Juuru_vallavalitsus, lk 12
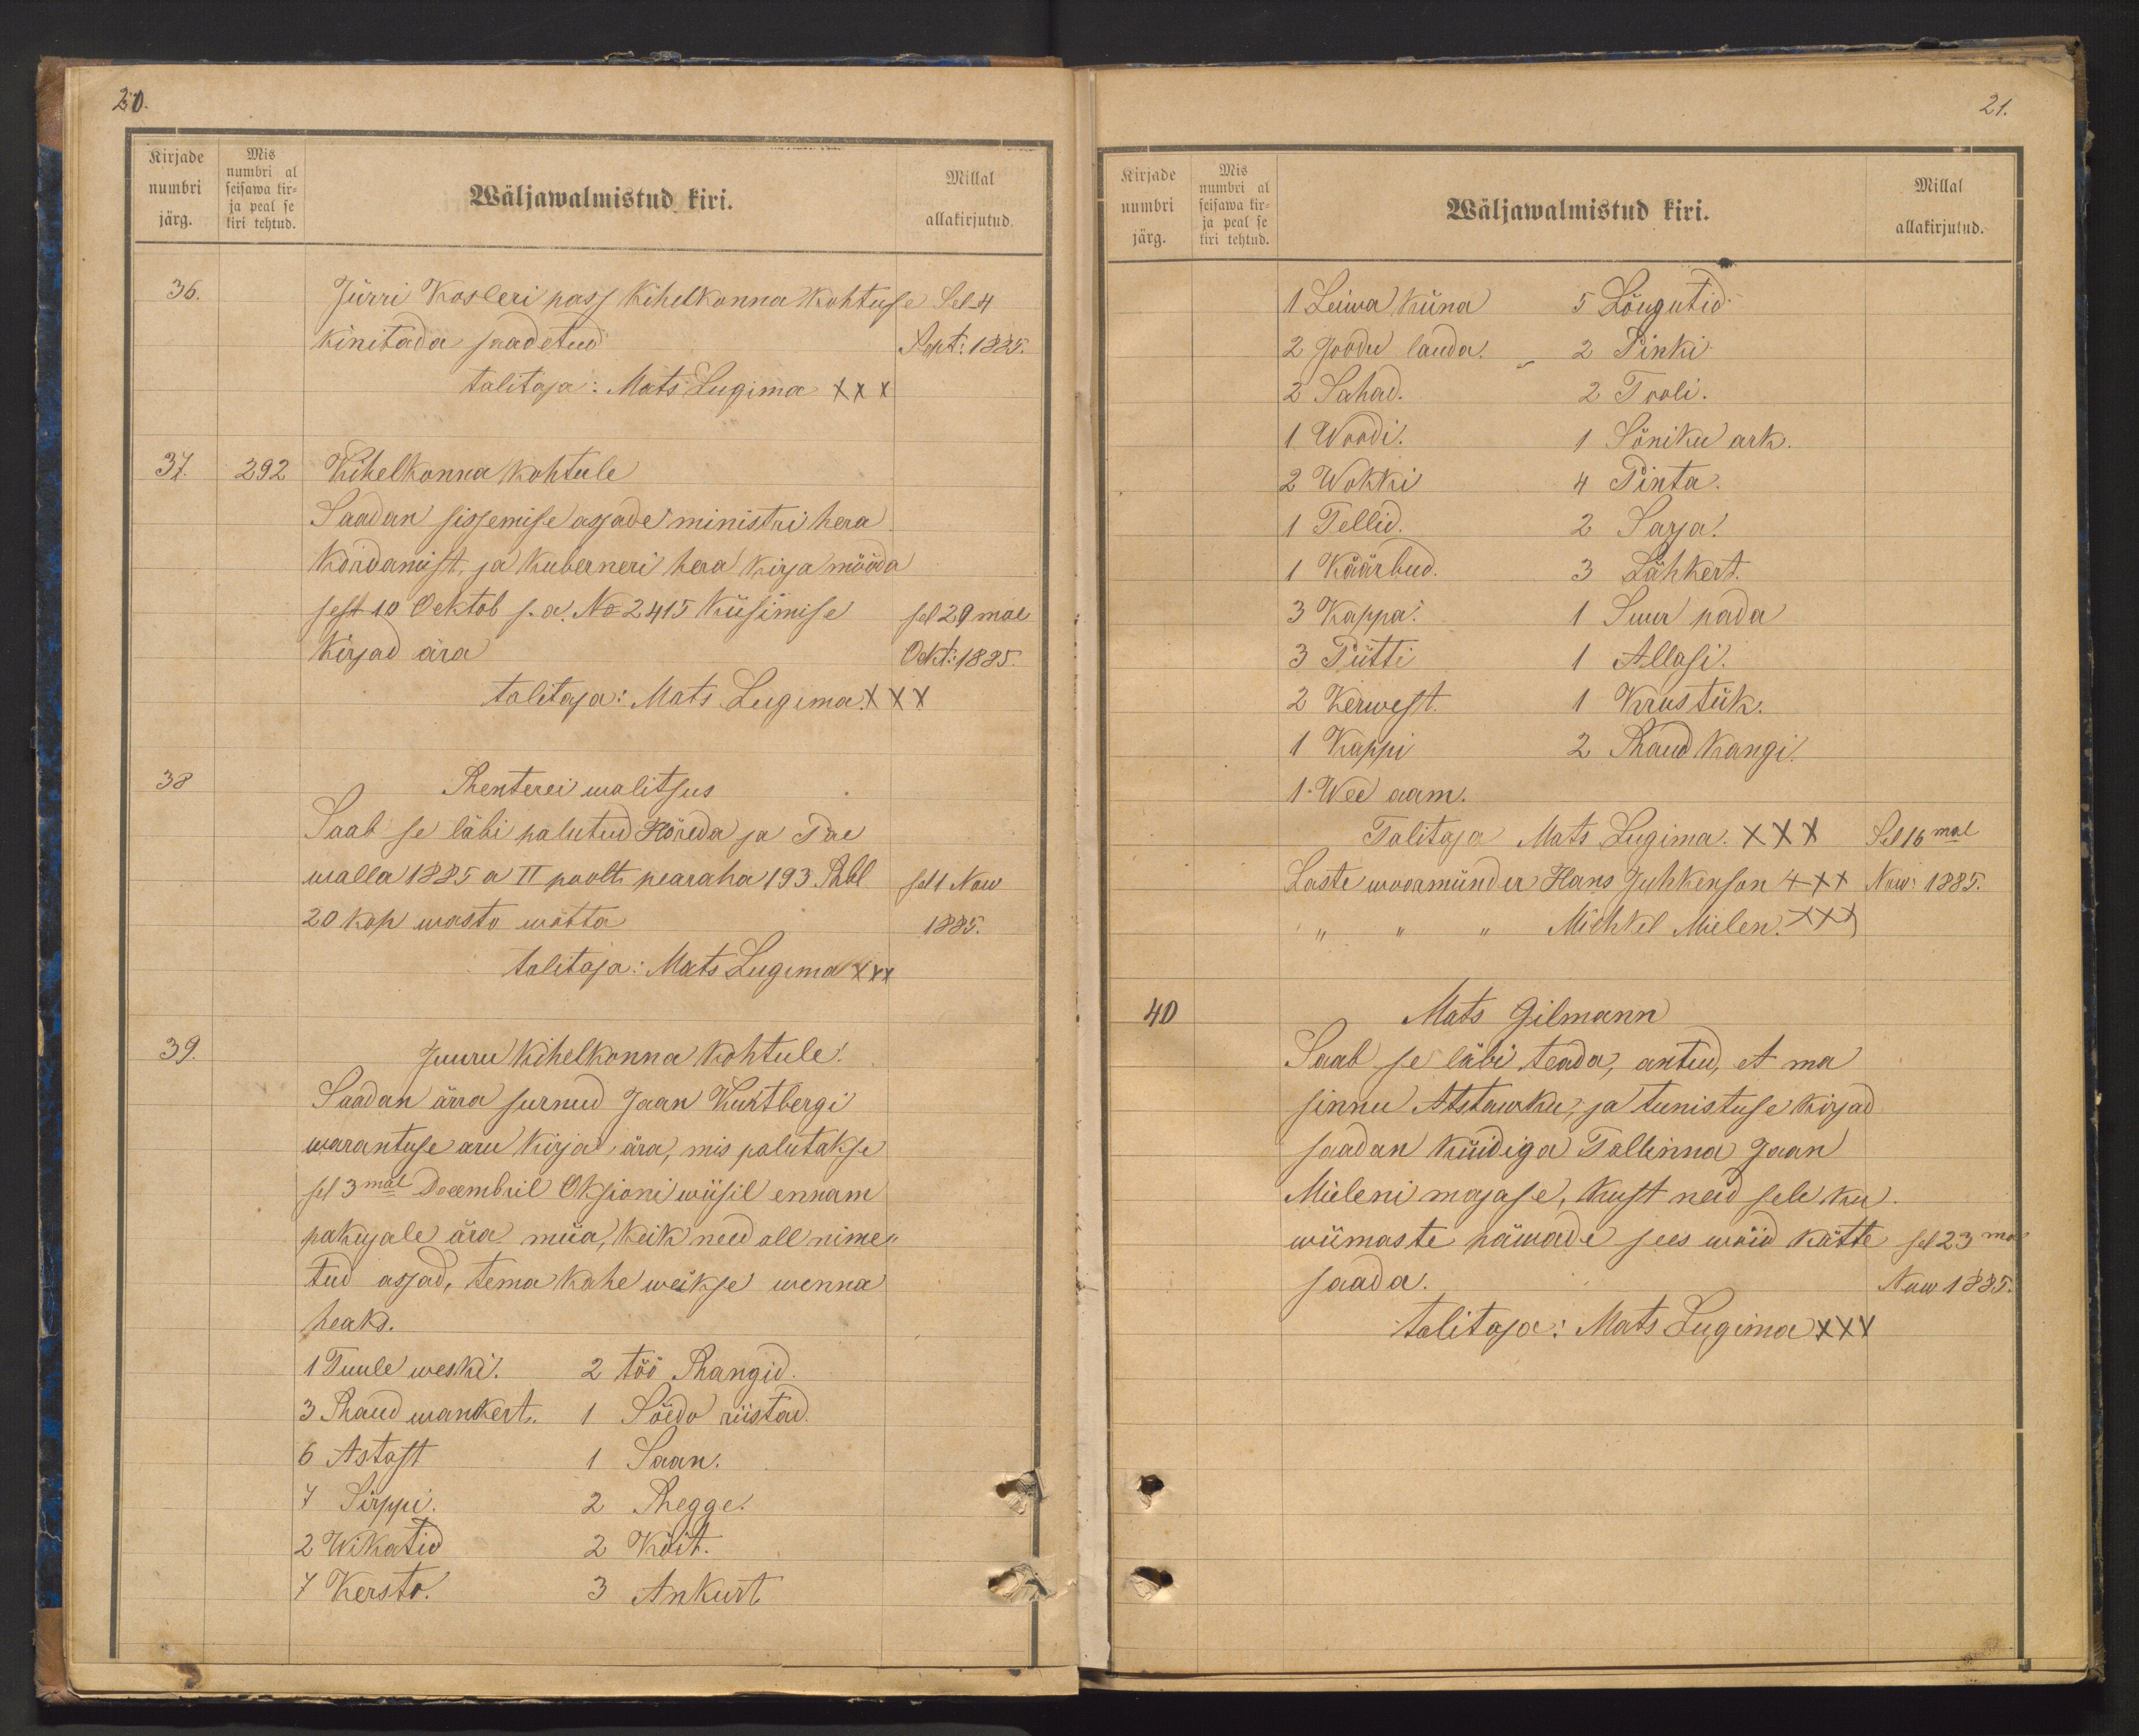
Kirjade
Mis
numbri al
numbri seisawa kir-
ja peal se
järg. kiri tehtud.

20.
Millal
Wäljawalmistud kiri.
allakirjutud.
36.
Jürri Kosleri pass Kihelkonna kohtuse Sel 4
kinitada saadetud
Sept: 1885.
talitaja: Mats Lugima XXX
37.
292
Kihelkonna kohtule
Saadan sissemise asjade ministri hera
kordamist, ja Kuberneri hera kirja mööda
sest 10 Oktob s.a. No: 2415 küsimise
sel 20mal
Kirjad ärra
Okt: 1885.
talitaja: Mats Lugima XXX
38
Renterei walitsus
Saab se läbi palutud Hõreda ja Pae
walla 1885 a II poolt pearaha 193 Rbl. sel 1 Now
20 kop wasto wõtta
1885.
talitaja: Mats Lugima xxx
39.
Juuru kihelkonna kohtule!
Saadan ärra surnud Jaan Kurtbergi
waranduse aru kirja ära, mis palutakse
sel 3mal Decembril Oksioni wiisil ennam
pakujale ära müa, keik need all nime
tud asjad, tema kahe weikse wenna
heaks.
1 Tuule weski. 2 töö Rangid.
3. Raud wankert. 1 Sõido riistad.
6 Astast 1 Saan.
7 Sirppi. 2 Regge.
2 Wikatid 2 köit.
7 Kersta. 3 Ankurt

Kirjade
numbri
järg.
Mis
numbri al
seisawa kir-
ja peal se
kiri tehtud.

21.
Millal
Wäljawalmistud kiri.
allakirjutud.
1 Leiwa Küna
5 Lõugutid
2 Joodu lauda. 2 Pinki
2 Sahad.
2 Tooli.
1 Woodi.
1 Sõniku ark.
2 Wokki
4 Pinta.
1 Tellid.
2 Sarja.
1 Käärbud.
3 Lähkert.
3 Kappa.
1 Suur pada
3 Pütti
1 Allasi.
2 Kerwest.
1 Krustük.
1 Kappi 2 Raud kangi.
1. Wee aam.
Talitaja Mats Lugima XXX Sel 16 mal
Laste woormünder Hans Juhkenson +++ Now: 1885.
Mihkel Mielen XXX
40
Mats Gilmann
Saab se läbi teada, antud, et ma
sinnu Astawku, ja tunistuse kirjad
saadan küidiga Tallinna Jaan
Mieleni majase, kust neid sele ku
wiimaste päwade sees wõid kätte
sel 23mal
saada.
Now 1885.
talitaja: Mats Lugima XXX